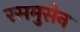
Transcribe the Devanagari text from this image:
रसमुसेन